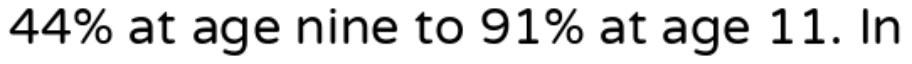
44% at age nine to 91% at age 11. In